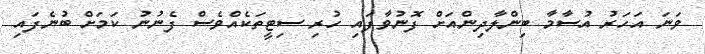
ވަނަ އަހަރު އުސާމާ ބިންލާދިންއަށް ފޮނުވާފައި ހުރި ސިޓީތަކެއްވެސް ފެނުނު ކަމަށް ބުނެފައި